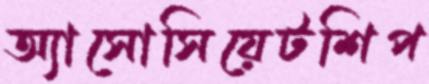
অ্যাসোসিয়েটশিপ